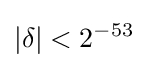
|\delta |<2^{-53}